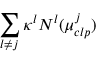
\sum _ { l \neq j } \kappa ^ { l } N ^ { l } ( \mu _ { c l p } ^ { j } )